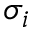
\sigma _ { i }